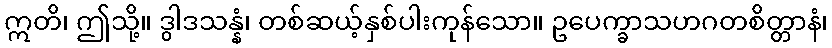
ဣတိ၊ ဤသို့။ ဒွါဒသန္နံ၊ တစ်ဆယ့်နှစ်ပါးကုန်သော။ ဥပေက္ခာသဟဂတစိတ္တာနံ၊